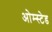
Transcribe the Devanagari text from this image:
ओम्स्टेड